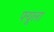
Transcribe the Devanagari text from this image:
फ्यूला